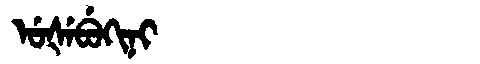
Manchu: ᡠᡧᡝᠪᡠᡴᡳᠨᡳ
Romanization: UŠEBUKINI